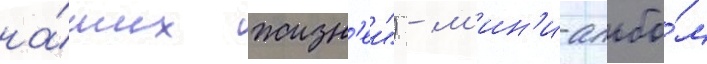
на́ших жизн'еи") - м'ин'и-альбо́м